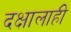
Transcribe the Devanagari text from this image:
दक्षालाही